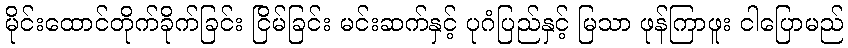
မိုင်းထောင်တိုက်ခိုက်ခြင်း ငြိမ်ခြင်း မင်းဆက်နှင့် ပုဂံပြည်နှင့် မြသာ ဖုန်ကြာဖူး ငါပြောမည်